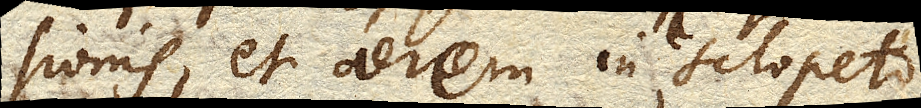
sionis, et aerem in sclopeto